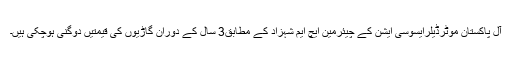
آل پاکستان موٹرڈیلرایسوسی ایشن کے چیئرمین ایچ ایم شہزاد کے مطابق3 سال کے دوران گاڑیوں کی قیمتیں دوگنی ہوچکی ہیں۔